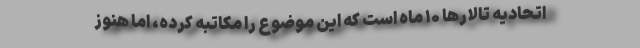
اتحادیه تالارها ۱۰ ماه است که این موضوع را مکاتبه کرده، اما هنوز